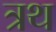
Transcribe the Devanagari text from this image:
त्रथ